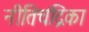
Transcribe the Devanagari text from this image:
नीतिचंद्रिका